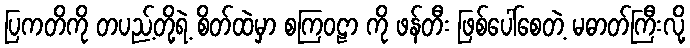
ပြကတိကို တပည့်တို့ရဲ့ စိတ်ထဲမှာ စကြဝဠာ ကို ဖန်တီး ဖြစ်ပေါ်စေတဲ့ မဓာတ်ကြီးလို့